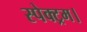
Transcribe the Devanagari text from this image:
स्पेक्ट्रम।